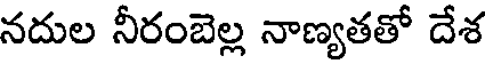
నదుల నీరంబెల్ల నాణ్యతతో దేశ